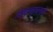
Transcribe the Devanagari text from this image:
लेखनवाचनाचे